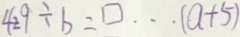
4 2 9 \div b = \square \cdots ( a + 5 )